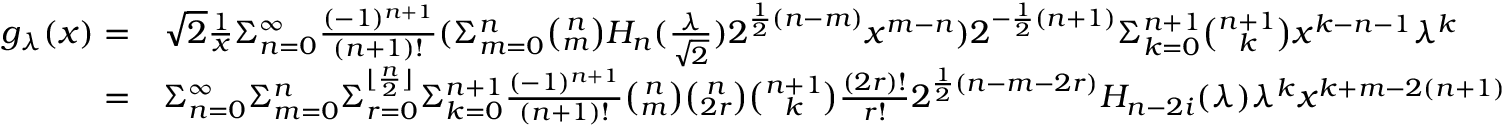
\begin{array} { r l } { g _ { \lambda } ( x ) = } & { \sqrt { 2 } \frac { 1 } { x } \Sigma _ { n = 0 } ^ { \infty } \frac { ( - 1 ) ^ { n + 1 } } { ( n + 1 ) ! } ( \Sigma _ { m = 0 } ^ { n } { \binom { n } { m } } H _ { n } ( \frac { \lambda } { \sqrt { 2 } } ) 2 ^ { \frac { 1 } { 2 } ( n - m ) } x ^ { m - n } ) 2 ^ { - \frac { 1 } { 2 } ( n + 1 ) } \Sigma _ { k = 0 } ^ { n + 1 } \binom { n + 1 } { k } x ^ { k - n - 1 } \lambda ^ { k } } \\ { = } & { \Sigma _ { n = 0 } ^ { \infty } \Sigma _ { m = 0 } ^ { n } \Sigma _ { r = 0 } ^ { \lfloor \frac { n } { 2 } \rfloor } \Sigma _ { k = 0 } ^ { n + 1 } \frac { ( - 1 ) ^ { n + 1 } } { ( n + 1 ) ! } \binom { n } { m } \binom { n } { 2 r } \binom { n + 1 } { k } \frac { ( 2 r ) ! } { r ! } 2 ^ { \frac { 1 } { 2 } ( n - m - 2 r ) } H _ { n - 2 i } ( \lambda ) \lambda ^ { k } x ^ { k + m - 2 ( n + 1 ) } } \end{array}